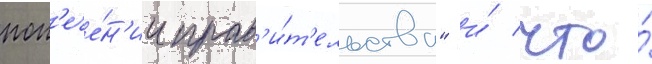
поп'ече́н'ии прав'и́т'ельства" и́ что́